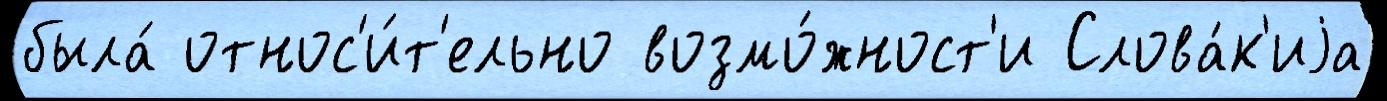
была́ относ'и́т'ельно возмо́жност'и Слова́к'иjа